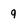
Character: 9